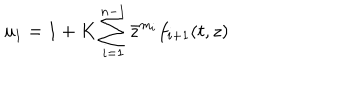
LaTeX: u _ { 1 } = 1 + K \sum _ { i = 1 } ^ { n - 1 } \bar { z } ^ { m _ { i } } f _ { i + 1 } ( t , z )